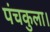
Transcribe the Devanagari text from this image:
पंचकुला।